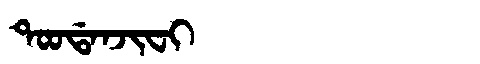
Manchu: ᡨᠣᠣᡩᠠᠨᠵᡳᠸᡳ
Romanization: TOODANJIFI